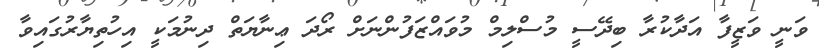
ވަނީ ވަޒީފާ އަދާކުރާ ބިދޭސީ މުސްލިމް މުވައްޒަފުންނަށް ރޯދަ ޢިނާޔަތް ދިނުމަކީ އިހުތިޔާރުގައިވާ